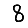
Digit: 8